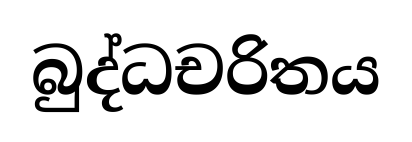
බුද්ධචරිතය